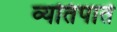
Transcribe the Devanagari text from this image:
व्यतिपाते